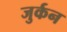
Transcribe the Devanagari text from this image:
जुर्कन